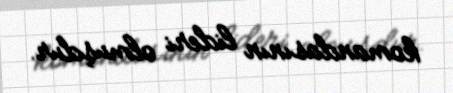
komandasının lideri olmuşdur.